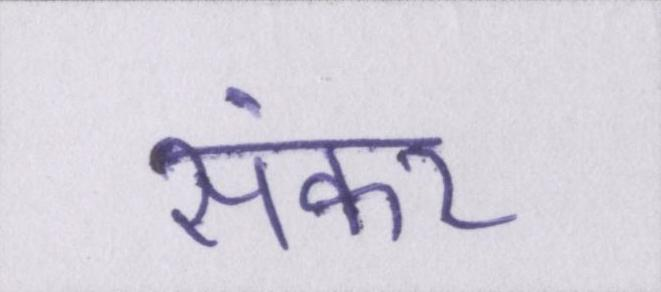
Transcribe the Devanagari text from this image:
संकर